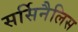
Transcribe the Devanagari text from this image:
सर्सिनैलिस